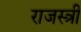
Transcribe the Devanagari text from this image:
राजस्त्री